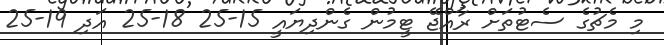
މި މެޗުގެ ސެޓުތަށް ރާއްޖޭ ޓީމުން ގެންދިޔައީ 15-25 18-25 އަދި 19-25